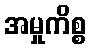
အမှုကိစ္စ